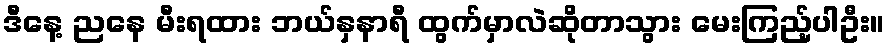
ဒီနေ့ ညနေ မီးရထား ဘယ်နှနာရီ ထွက်မှာလဲဆိုတာသွား မေးကြည့်ပါဦး။